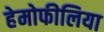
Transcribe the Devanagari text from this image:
हेमोफीलिया